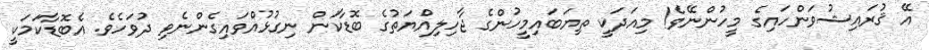
އޭ ޤުރައިޝުވަންހައިގެ މީހުންނޭވެ! މިއަދަކީ ތިޔަބައިމީހުންގެ ޖާހިލިއްޔަތުގެ ބޮޑާކަން ނިގުޅުއްވައިގެންނެވި ދުވަހެވެ. އެބޮޑާކަމަކީ